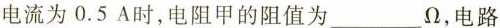
电流为0.5A时，电阻甲的阻值为___\Omega，电路